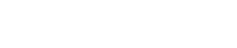
ကျောင်းတက်ကြရတာပါ။